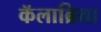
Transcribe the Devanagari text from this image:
कॅलाब्रिया